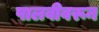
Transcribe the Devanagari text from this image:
पालवीवरून